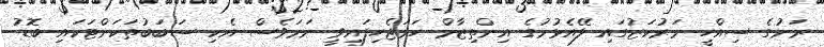
ރަށުގެ ސިއްހީ މަރުކަޒުގައި ލޭއެޅުމުގެ އިންތިޒާމް ހަމަޖެހިފައިވީ ނަމަވެސް އެކި ސަބަބުތަކަށްޓަކައި ބޮޑު